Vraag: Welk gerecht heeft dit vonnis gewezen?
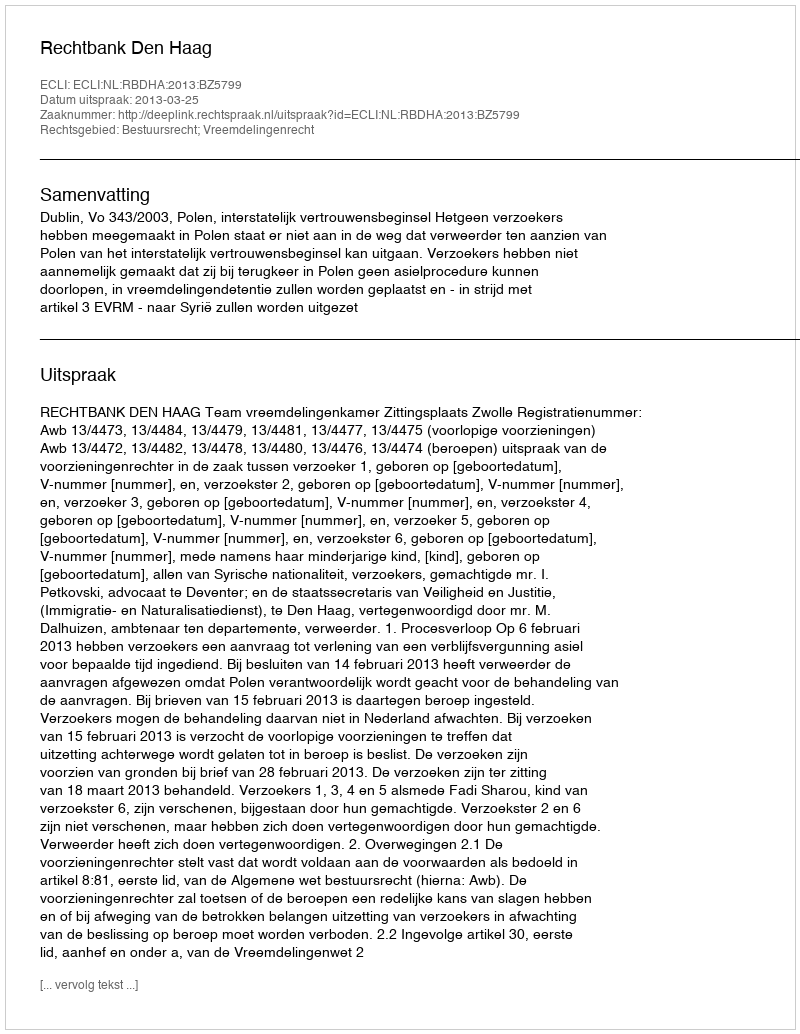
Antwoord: Rechtbank Den Haag